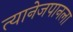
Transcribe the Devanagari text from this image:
त्यानेजपानला